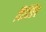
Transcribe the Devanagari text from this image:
विदितैव